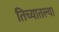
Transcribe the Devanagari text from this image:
तिच्यातल्या